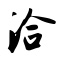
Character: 洽